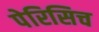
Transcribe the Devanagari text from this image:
पेरिसिच